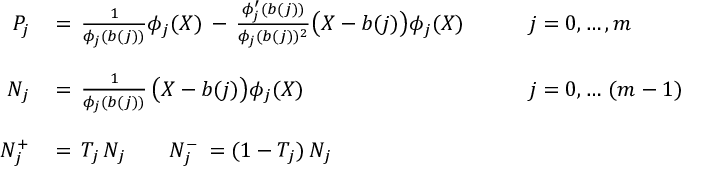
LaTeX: \begin{array} { r l l } { { P _ { j } \, } } & { { = \, \frac 1 { \phi _ { j } ( b ( j ) ) } \phi _ { j } ( X ) \, - \, \frac { \phi _ { j } ^ { \prime } ( b ( j ) ) } { \phi _ { j } ( b ( j ) ) ^ { 2 } } \bigl ( X - b ( j ) \bigr ) \phi _ { j } ( X ) \qquad } } & { { j = 0 , \ldots , m } } \\ { { } } & { { } } & { { } } \\ { { N _ { j } \, } } & { { = \, \frac 1 { \phi _ { j } ( b ( j ) ) } \, \bigl ( X - b ( j ) \bigr ) \phi _ { j } ( X ) \qquad } } & { { j = 0 , \ldots \, ( m - 1 ) } } \\ { { } } & { { } } & { { } } \\ { { N _ { j } ^ { + } \, } } & { { = \, T _ { j } \, N _ { j } \qquad N _ { j } ^ { - } \, = ( 1 - T _ { j } ) \, N _ { j } } } \end{array}